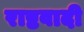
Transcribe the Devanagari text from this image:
राष्टवादी